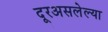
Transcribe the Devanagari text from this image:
दूरअसलेल्या